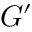
G ^ { \prime }